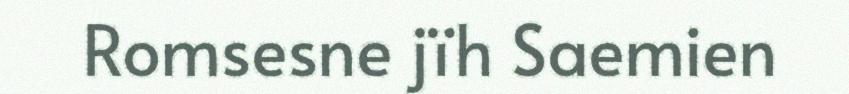
Romsesne jïh Saemien